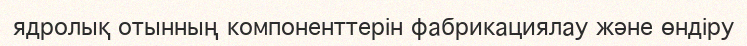
ядролық отынның компоненттерін фабрикациялау және өндіру